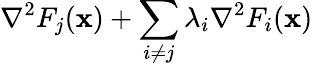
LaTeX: \nabla^{2}F_{j}(\mathbf{x})+\sum_{i\neq j}\lambda_{i}\nabla^{2}F_{i}(\mathbf{x})